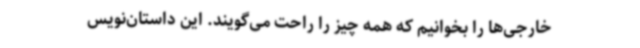
خارجی‌ها را بخوانیم که همه چیز را راحت می‌گویند. این داستان‌نویس